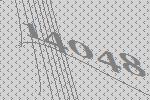
14048